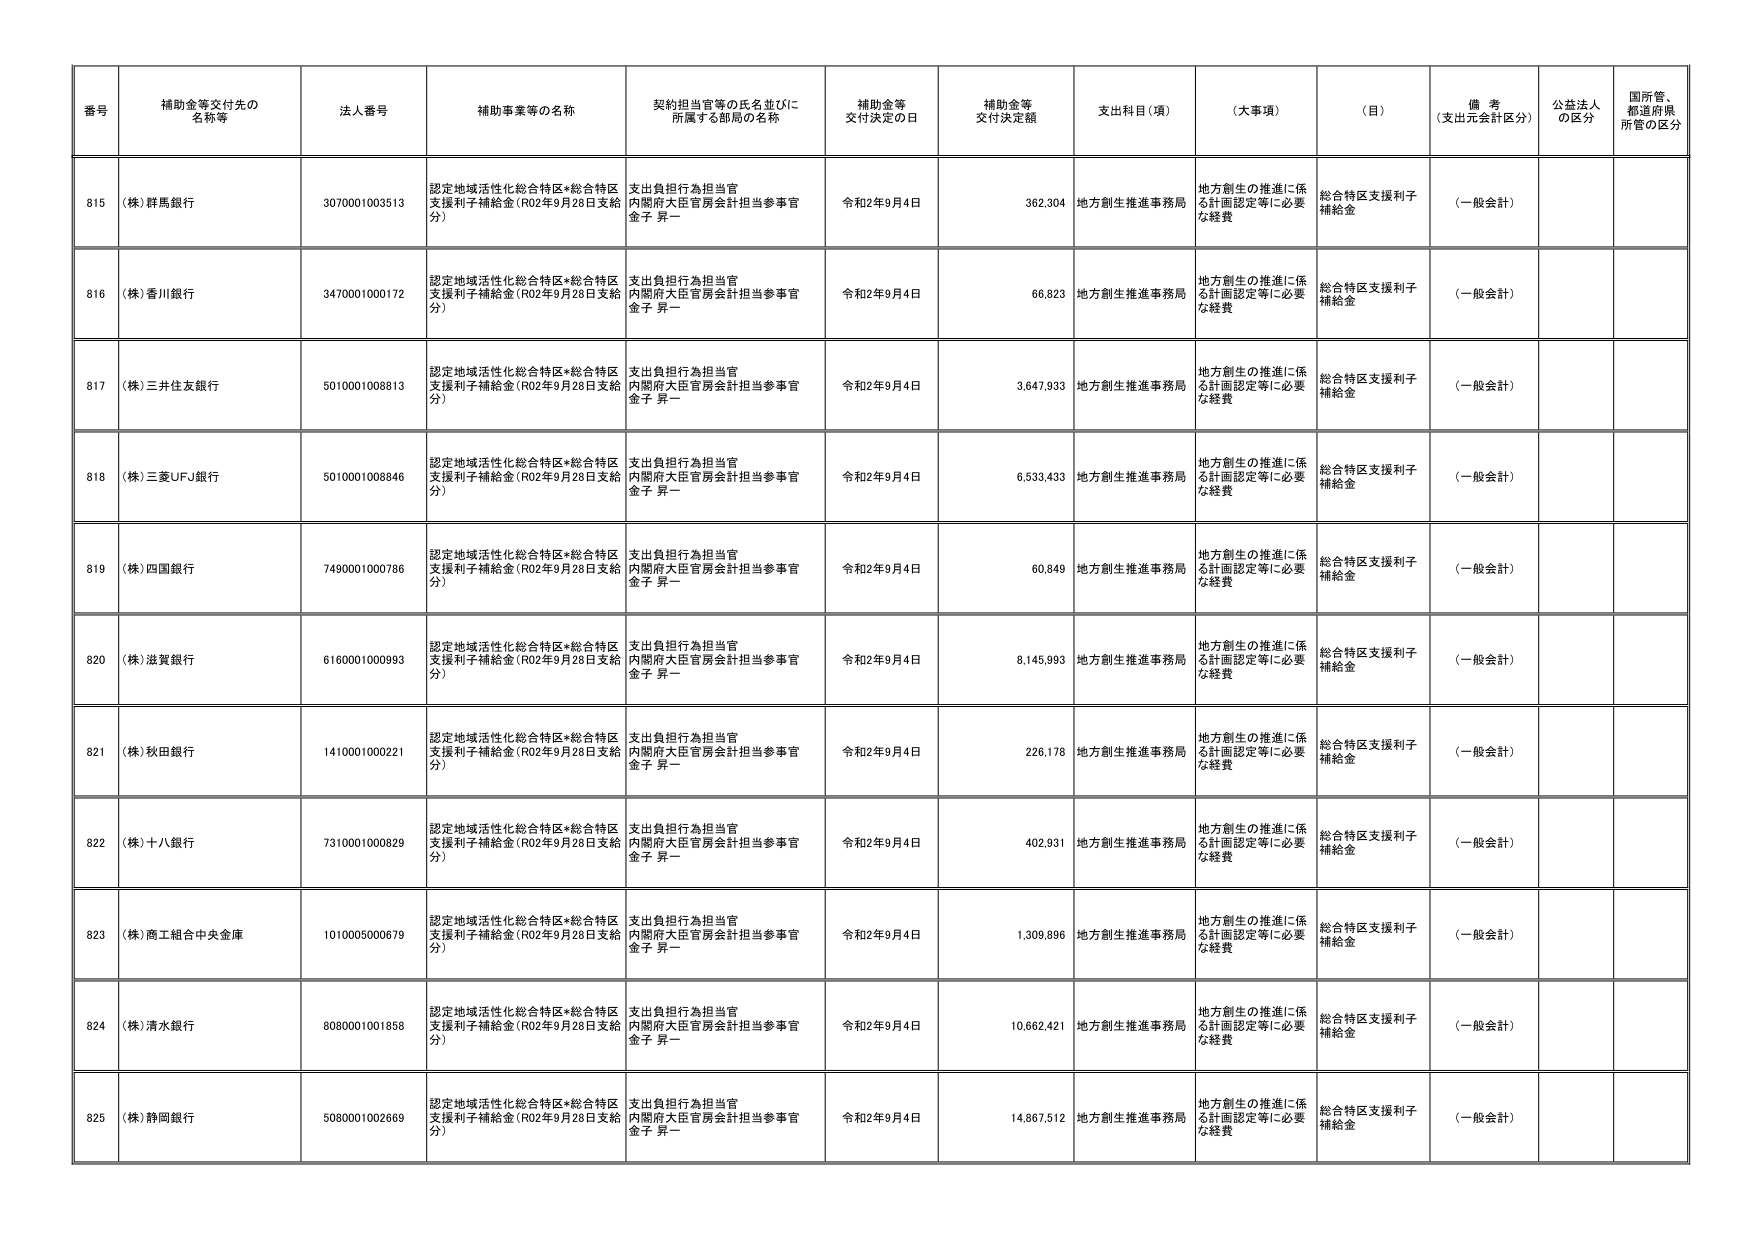
番号 補助金等交付先の名称等 法人番号 補助事業等の名称 契約担当官等の氏名並びに所属する部局の名称 補助金等交付決定の日 補助金等交付決定額 支出科目（項） （大事項） （目） 備考（支出元会計区分） 公益法人の区分 国所管、都道府県所管の区分
815 （株）群馬銀行 3070001003513 認定地域活性化総合特区*総合特区支援利子補給金（R02年9月28日支給分） 支出負担行為担当官 内閣府大臣官房会計担当参事官 金子 昇一 令和2年9月4日 362,304 地方創生推進事務局 地方創生の推進に係る計画認定等に必要な経費 総合特区支援利子補給金 （一般会計）
816 （株）香川銀行 3470001000172 認定地域活性化総合特区*総合特区支援利子補給金（R02年9月28日支給分） 支出負担行為担当官 内閣府大臣官房会計担当参事官 金子 昇一 令和2年9月4日 66,823 地方創生推進事務局 地方創生の推進に係る計画認定等に必要な経費 総合特区支援利子補給金 （一般会計）
817 （株）三井住友銀行 5010001008813 認定地域活性化総合特区*総合特区支援利子補給金（R02年9月28日支給分） 支出負担行為担当官 内閣府大臣官房会計担当参事官 金子 昇一 令和2年9月4日 3,647,933 地方創生推進事務局 地方創生の推進に係る計画認定等に必要な経費 総合特区支援利子補給金 （一般会計）
818 （株）三菱UFJ銀行 5010001008846 認定地域活性化総合特区*総合特区支援利子補給金（R02年9月28日支給分） 支出負担行為担当官 内閣府大臣官房会計担当参事官 金子 昇一 令和2年9月4日 6,533,433 地方創生推進事務局 地方創生の推進に係る計画認定等に必要な経費 総合特区支援利子補給金 （一般会計）
819 （株）四国銀行 7490001000786 認定地域活性化総合特区*総合特区支援利子補給金（R02年9月28日支給分） 支出負担行為担当官 内閣府大臣官房会計担当参事官 金子 昇一 令和2年9月4日 60,849 地方創生推進事務局 地方創生の推進に係る計画認定等に必要な経費 総合特区支援利子補給金 （一般会計）
820 （株）滋賀銀行 6160001000993 認定地域活性化総合特区*総合特区支援利子補給金（R02年9月28日支給分） 支出負担行為担当官 内閣府大臣官房会計担当参事官 金子 昇一 令和2年9月4日 8,145,993 地方創生推進事務局 地方創生の推進に係る計画認定等に必要な経費 総合特区支援利子補給金 （一般会計）
821 （株）秋田銀行 1410001000221 認定地域活性化総合特区*総合特区支援利子補給金（R02年9月28日支給分） 支出負担行為担当官 内閣府大臣官房会計担当参事官 金子 昇一 令和2年9月4日 226,178 地方創生推進事務局 地方創生の推進に係る計画認定等に必要な経費 総合特区支援利子補給金 （一般会計）
822 （株）十八銀行 7310001000829 認定地域活性化総合特区*総合特区支援利子補給金（R02年9月28日支給分） 支出負担行為担当官 内閣府大臣官房会計担当参事官 金子 昇一 令和2年9月4日 402,931 地方創生推進事務局 地方創生の推進に係る計画認定等に必要な経費 総合特区支援利子補給金 （一般会計）
823 （株）商工組合中央金庫 1010005000679 認定地域活性化総合特区*総合特区支援利子補給金（R02年9月28日支給分） 支出負担行為担当官 内閣府大臣官房会計担当参事官 金子 昇一 令和2年9月4日 1,309,896 地方創生推進事務局 地方創生の推進に係る計画認定等に必要な経費 総合特区支援利子補給金 （一般会計）
824 （株）清水銀行 8080001001858 認定地域活性化総合特区*総合特区支援利子補給金（R02年9月28日支給分） 支出負担行為担当官 内閣府大臣官房会計担当参事官 金子 昇一 令和2年9月4日 10,662,421 地方創生推進事務局 地方創生の推進に係る計画認定等に必要な経費 総合特区支援利子補給金 （一般会計）
825 （株）静岡銀行 5080001002669 認定地域活性化総合特区*総合特区支援利子補給金（R02年9月28日支給分） 支出負担行為担当官 内閣府大臣官房会計担当参事官 金子 昇一 令和2年9月4日 14,867,512 地方創生推進事務局 地方創生の推進に係る計画認定等に必要な経費 総合特区支援利子補給金 （一般会計）